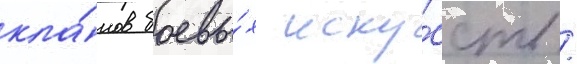
кла́нов боевы́х иску́сств /